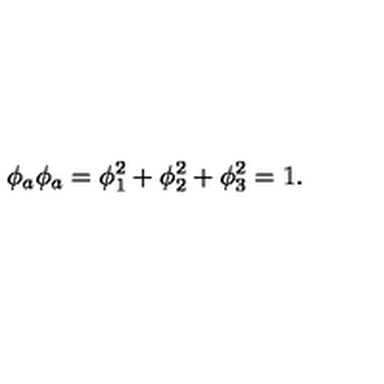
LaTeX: \phi _ { a } \phi _ { a } = \phi _ { 1 } ^ { 2 } + \phi _ { 2 } ^ { 2 } + \phi _ { 3 } ^ { 2 } = 1 .